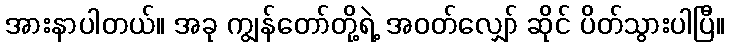
အားနာပါတယ်။ အခု ကျွန်တော်တို့ရဲ့ အဝတ်လျှော် ဆိုင် ပိတ်သွားပါပြီ။